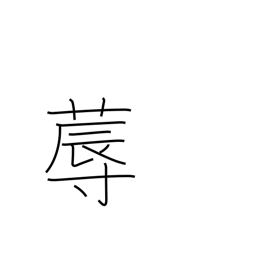
Meaning: bed